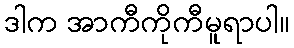
ဒါက အာကီကိုကီမူရာပါ။